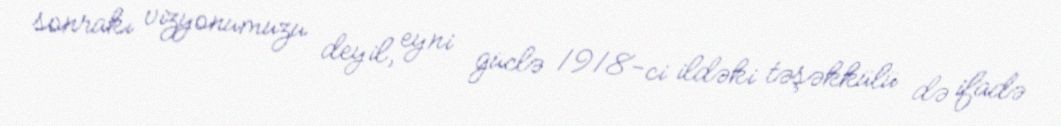
sonrakı vizyonumuzu deyil, eyni güclə 1918-ci ildəki təşəkkülü də ifadə